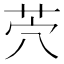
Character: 茓